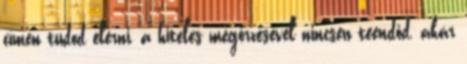
címen tudod elérni, a hiteles megőrzésével nincsen teendőd, akár